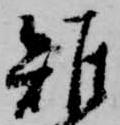
雉